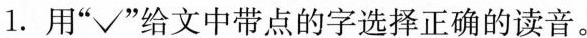
1. 用”√”给文中带点的字选择正确的读音。